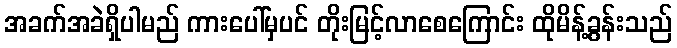
အခက်အခဲရှိပါမည် ကားပေါ်မှပင် တိုးမြင့်လာစေကြောင်း ထိုမိန့်ခွန်းသည်